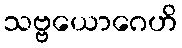
သဗ္ဗယောဂေဟိ